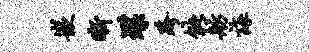
嵌晰堞跨能舫诲